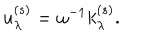
LaTeX: u _ { \lambda } ^ { ( s ) } = \omega ^ { - 1 } k _ { \lambda } ^ { ( s ) } .